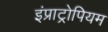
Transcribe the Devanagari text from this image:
इंप्राट्रोपियम